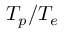
T _ { p } / T _ { e }